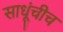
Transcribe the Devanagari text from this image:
साधूंचीच